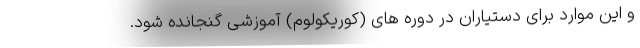
و این موارد برای دستیاران در دوره های (کوریکولوم) آموزشی گنجانده شود.